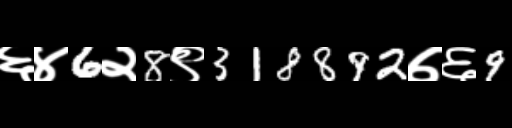
Text: ६४6२8९318892७६9